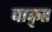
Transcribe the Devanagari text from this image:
पाकृत